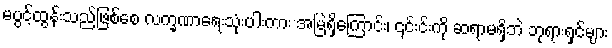
မပွင့်ထွန်းသည်ဖြစ်စေ လက္ခဏာရေးသုံးပါးကား အမြဲရှိကြောင်း၊ ၎င်းင်းကို ဆရာမရှိဘဲ ဘုရားရှင်များ